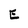
Character: E